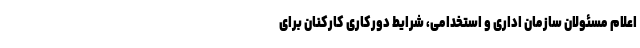
اعلام مسئولان سازمان اداری و استخدامی، شرایط دورکاری کارکنان برای